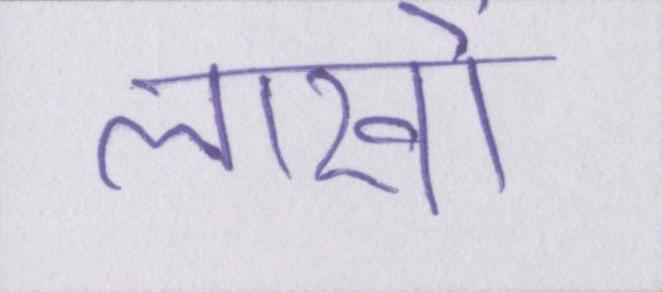
लाखों